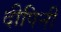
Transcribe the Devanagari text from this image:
दीपिनी